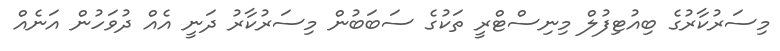
މިސަރުކާރުގެ ބިއުޓިފުލް މިނިސްޓްރީ ތަކުގެ ސަބަބުން މިސަރުކާރު ދަނީ އެއް ދުވަހުން އަނެއް